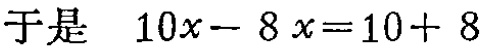
于是 \(10x - 8x = 10 + 8\)